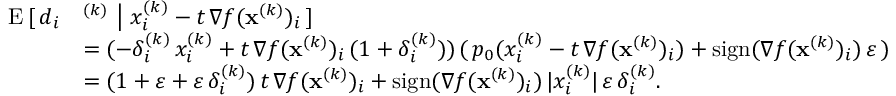
\begin{array} { r l } { \mathrm { E } \, [ \, d _ { i } } & { ^ { ( k ) } \ \big \vert \ x _ { i } ^ { ( k ) } - t \, \nabla f ( \mathbf { x } ^ { ( k ) } ) _ { i } \, ] } \\ & { = ( - \delta _ { i } ^ { ( k ) } \, x _ { i } ^ { ( k ) } + t \, \nabla f ( \mathbf { x } ^ { ( k ) } ) _ { i } \, ( 1 + \delta _ { i } ^ { ( k ) } ) ) \, ( \, p _ { 0 } ( x _ { i } ^ { ( k ) } - t \, \nabla f ( \mathbf { x } ^ { ( k ) } ) _ { i } ) + \mathrm { s i g n } ( \nabla f ( \mathbf { x } ^ { ( k ) } ) _ { i } ) \, \varepsilon \, ) } \\ & { = ( 1 + \varepsilon + \varepsilon \, \delta _ { i } ^ { ( k ) } ) \, t \, \nabla f ( \mathbf { x } ^ { ( k ) } ) _ { i } + \mathrm { s i g n } ( \nabla f ( \mathbf { x } ^ { ( k ) } ) _ { i } ) \, \vert x _ { i } ^ { ( k ) } \vert \, \varepsilon \, \delta _ { i } ^ { ( k ) } . } \end{array}